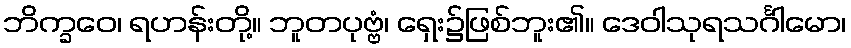
ဘိက္ခဝေ၊ ရဟန်းတို့။ ဘူတပုဗ္ဗံ၊ ရှေး၌ဖြစ်ဘူး၏။ ဒေဝါသုရသင်္ဂါမော၊